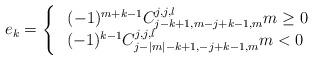
LaTeX: \begin{align*}e_{k}=\left\{\begin{array}[c]{c}\mathbf{\ }(-1)^{m+k-1}C_{j-k+1,m-j+k-1,m}^{j,j,l}m\geq0\\(-1)^{k-1}C_{j-|m|-k+1,-j+k-1,m}^{j,j,l}m<0\end{array}\right. \end{align*}